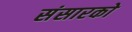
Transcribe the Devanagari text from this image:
संसारको